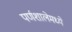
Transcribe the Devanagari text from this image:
पर्णशालेमध्ये